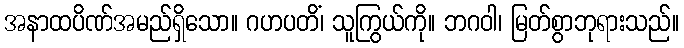
အနာထပိဏ်အမည်ရှိသော။ ဂဟပတိံ၊ သူကြွယ်ကို။ ဘဂဝါ၊ မြတ်စွာဘုရားသည်။